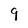
Character: 9